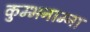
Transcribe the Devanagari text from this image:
कुम्भनाम्ना